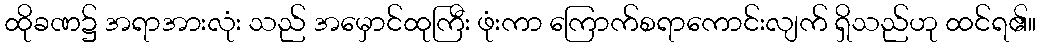
ထိုခဏ၌ အရာအားလုံး သည် အမှောင်ထုကြီး ဖုံးကာ ကြောက်စရာကောင်းလျက် ရှိသည်ဟု ထင်ရ၏။